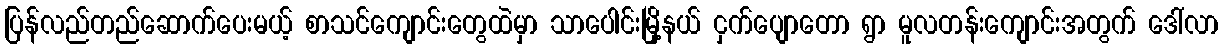
ပြန်လည်တည်ဆောက်ပေးမယ့် စာသင်ကျောင်းတွေထဲမှာ သာပေါင်းမြို့နယ် ငှက်ပျောတော ရွာ မူလတန်းကျောင်းအတွက် ဒေါ်လာ